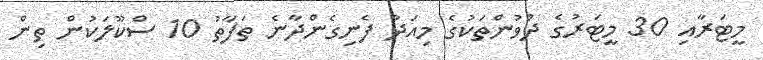
މީޓަރާއި 30 މީޓަރުގެ ދުވުންތަކުގެ މިއަދު ފެނިގެންދާނެ ތަފާތު 10 ސްކޫލަކުން ތިން